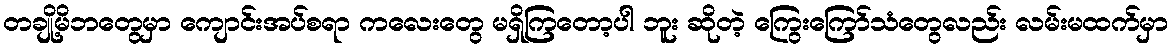
တချို့မိဘတွေမှာ ကျောင်းအပ်စရာ ကလေးတွေ မရှိကြတော့ပါ ဘူး ဆိုတဲ့ ကြွေးကြော်သံတွေလည်း လမ်းမထက်မှာ